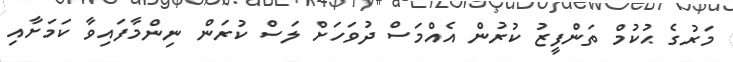
މަރުގެ ޙުކުމް ތަންފީޒު ކުރުން އެއްމަސް ދުވަހަށް ލަސް ކުރަން ނިންމާފައިވާ ކަމަށާއި